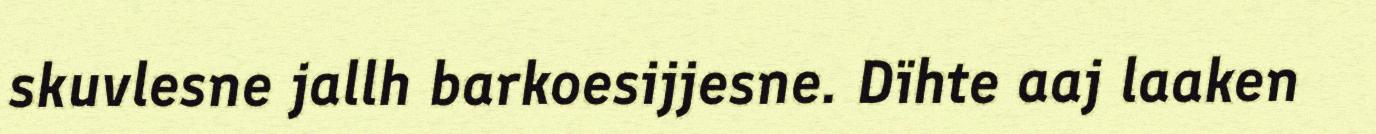
skuvlesne jallh barkoesijjesne. Dïhte aaj laaken